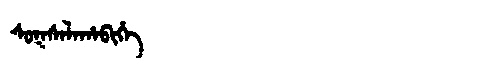
Manchu: ᠰᡠᡴᠰᠠᠯᠠᡥᠠᠪᡳᡥᡝ
Romanization: SUKSALAHABIHE